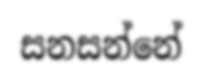
සනසන්නේ